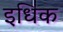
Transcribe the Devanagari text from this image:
इधिक